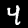
Label: 4